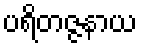
ပရိတဇ္ဇနာယ